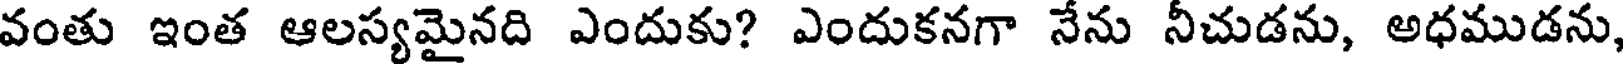
వంతు ఇంత ఆలస్యమైనది ఎందుకు? ఎందుకనగా నేను నీచుడను, అధముడను,